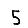
Digit: 5